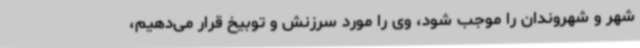
شهر و شهروندان را موجب شود، وی را مورد سرزنش و توبیخ قرار می‌دهیم،